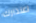
اعتذارك